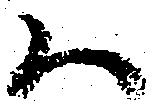
ハ